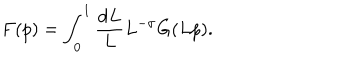
LaTeX: F ( p ) = \int _ { 0 } ^ { 1 } \frac { \mathrm { d } L } L L ^ { - \sigma } G ( L p ) .